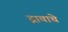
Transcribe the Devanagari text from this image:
द्रावाचे